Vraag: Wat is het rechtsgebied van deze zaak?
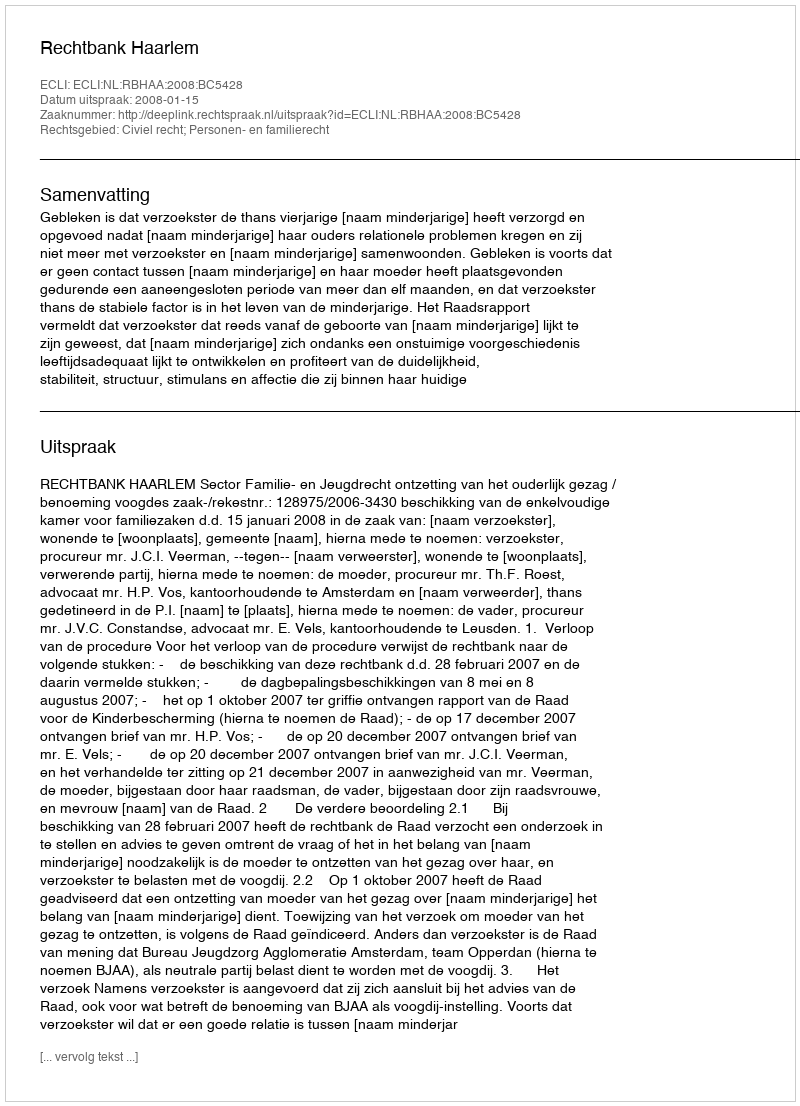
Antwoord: Civiel recht; Personen- en familierecht